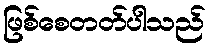
ဖြစ်စေတတ်ပါသည်